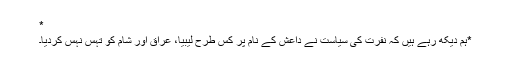
*
*ہم دیکھ رہے ہیں کہ نفرت کی سیاست نے داعش کے نام پر کس طرح لیبیا، عراق اور شام کو تہس نہس کردیا۔